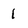
Character: 1